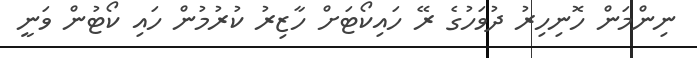
ނިންމަން ހޮނިހިރު ދުވަހުގެ ރޭ ހައިކޯޓަށް ހާޒިރު ކުރުމުން ހައި ކޯޓުން ވަނީ